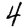
Digit: 4